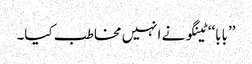
’’بابا‘‘ ٹینگو نے انہیں مخاطب کیا۔